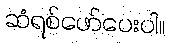
ဆံရစ်ဖော်ပေးပါ။